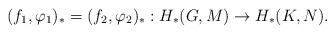
LaTeX: \begin{align*}(f_{1}, \varphi_{1})_{*} = (f_{2}, \varphi_{2})_{*} : H_{*}(G,M) \rightarrow H_{*}(K,N).\end{align*}